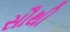
સૌથી